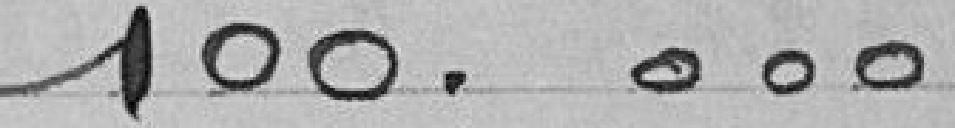
100.000